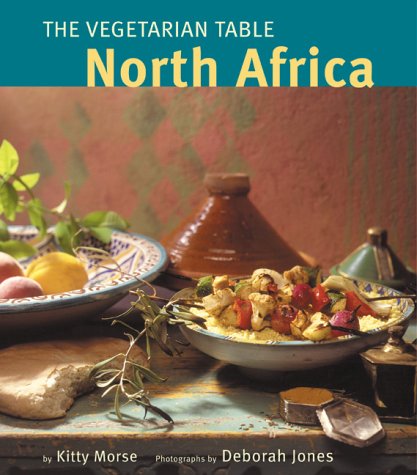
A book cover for Vegetarian Table : North Africa; Kitty Morse; Cookbooks, Food & Wine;